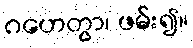
ဂဟေတွာ၊ ဖမ်း၍။